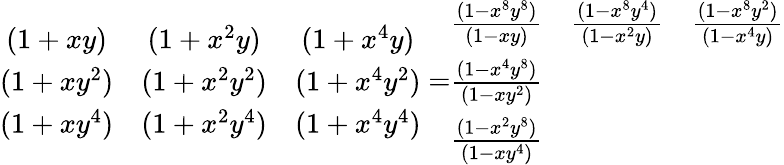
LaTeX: \begin{array}{ccc}{(1+xy)}&{(1+x^{2}y)}&{(1+x^{4}y)}\\ {(1+xy^{2})}&{(1+x^{2}y^{2})}&{(1+x^{4}y^{2})}\\ {(1+xy^{4})}&{(1+x^{2}y^{4})}&{(1+x^{4}y^{4})}\end{array}=\begin{array}{ccc}{\frac{(1-x^{8}y^{8})}{(1-xy)}}&{\frac{(1-x^{8}y^{4})}{(1-x^{2}y)}}&{\frac{(1-x^{8}y^{2})}{(1-x^{4}y)}}\\ {\frac{(1-x^{4}y^{8})}{(1-xy^{2})}}&&\\ {\frac{(1-x^{2}y^{8})}{(1-xy^{4})}}&&\end{array}